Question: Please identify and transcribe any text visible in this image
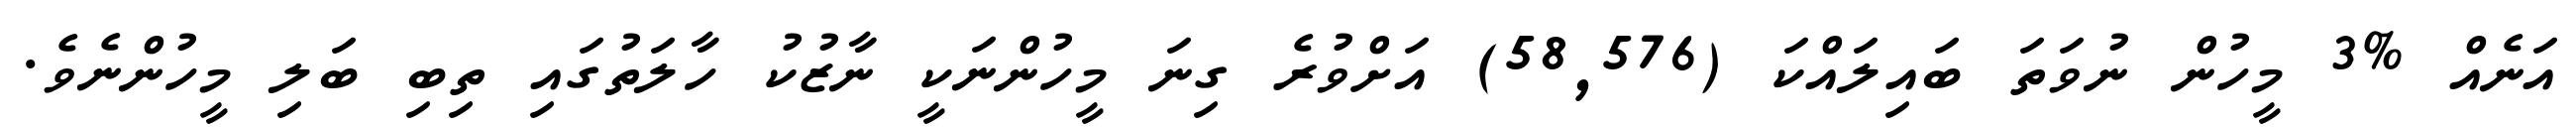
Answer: އަނެއް %3 މީހުން ނުވަތަ ބައިލައްކަ (58,576) އަށްވުރެ ގިނަ މީހުންނަކީ ނާޒުކު ހާލަތުގައި ތިބި ބަލި މީހުންނެވެ.